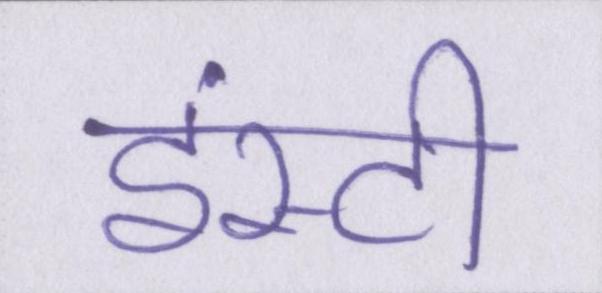
इंस्टी